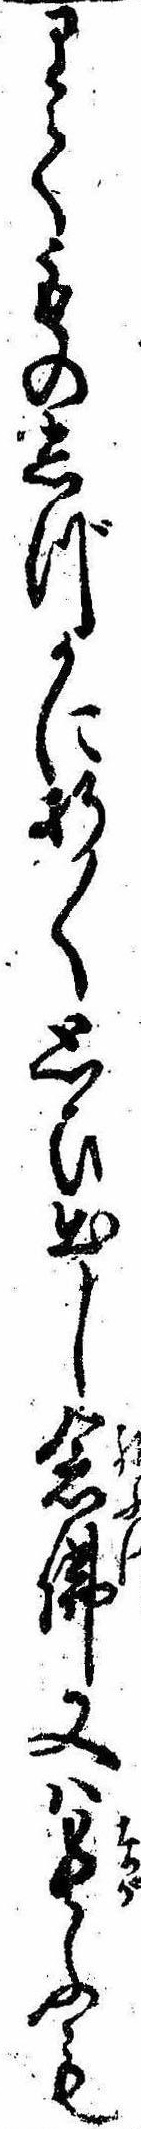
りてものしづかに折〱思ひ出し念仏又は長ふも